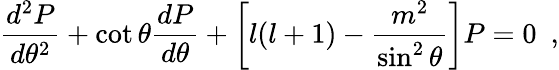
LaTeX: \frac{d^{2}P}{d\theta^{2}}+\cot\theta\frac{dP}{d\theta}+\left[l(l+1)-\frac{m^{2}}{\sin^{2}\theta}\right]P=0~~,